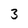
Character: 3